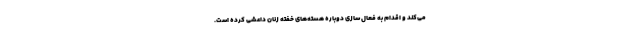
می‌کند و اقدام به فعال سازی دوباره هسته‌های خفته زنان داعشی کرده است.